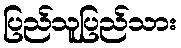
ပြည်သူပြည်သား